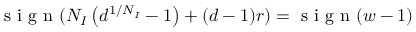
\mathrm { ~ s ~ i ~ g ~ n ~ } ( N _ { I } \left( d ^ { 1 / N _ { I } } - 1 \right) + ( d - 1 ) r ) = \mathrm { ~ s ~ i ~ g ~ n ~ } ( w - 1 )